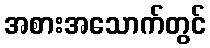
အစားအသောက်တွင်